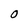
Character: 0